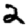
Digit: 2